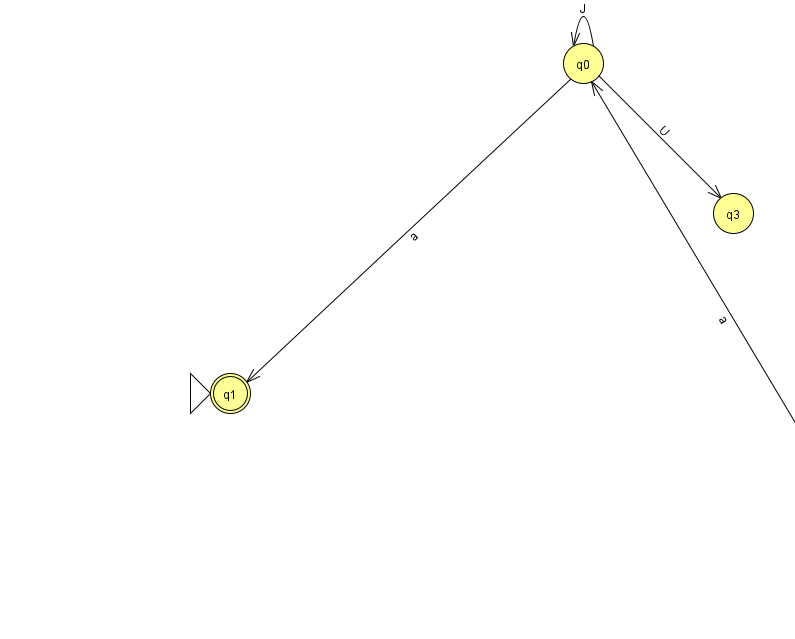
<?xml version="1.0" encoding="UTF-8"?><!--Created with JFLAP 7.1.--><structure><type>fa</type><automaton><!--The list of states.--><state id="0" name="q0"><x>583.0</x><y>50.0</y></state><state id="1" name="q1"><x>230.0</x><y>380.0</y><initial/><final/></state><state id="2" name="q2"><x>883.0</x><y>552.0</y></state><state id="3" name="q3"><x>733.0</x><y>200.0</y></state><!--The list of transitions.--><transition><from>2</from><to>0</to><read>a</read></transition><transition><from>0</from><to>0</to><read>J</read></transition><transition><from>0</from><to>1</to><read>a</read></transition><transition><from>0</from><to>3</to><read>U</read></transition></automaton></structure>